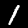
Label: 1